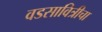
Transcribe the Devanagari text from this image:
वडसावित्रीचा